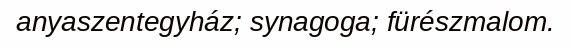
anyaszentegyház; synagoga; fürészmalom.